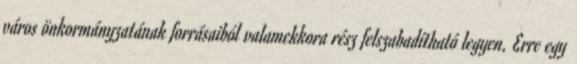
város önkormányzatának forrásaiból valamekkora rész felszabadítható legyen. Erre egy